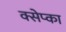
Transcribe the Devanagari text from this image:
क्सेप्का